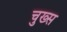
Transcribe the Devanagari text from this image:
चुख्स